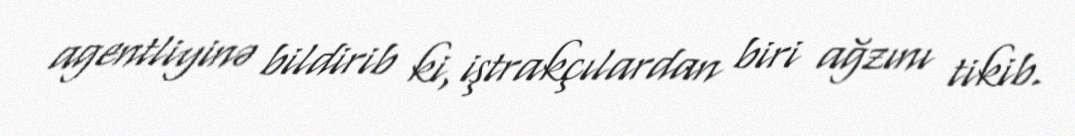
agentliyinə bildirib ki, iştrakçılardan biri ağzını tikib.